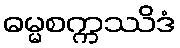
ဓမ္မစက္ကဿိဒံ